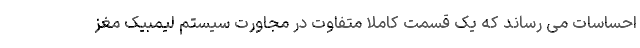
احساسات می رساند که یک قسمت کاملاً متفاوت در مجاورت سیستم لیمبیک مغز